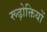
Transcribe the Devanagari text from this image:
रूढ़ोक्तियों